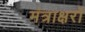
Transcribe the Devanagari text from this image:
मंत्राक्षरों